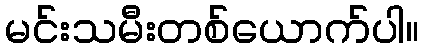
မင်းသမီးတစ်ယောက်ပါ။